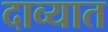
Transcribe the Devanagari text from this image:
दाव्यात